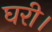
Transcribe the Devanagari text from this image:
घरी।